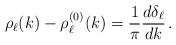
LaTeX: \begin{align*}\rho_\ell(k) - \rho_\ell^{(0)}(k) = \frac{1}{\pi}\frac{d\delta_\ell}{dk} \,.\end{align*}